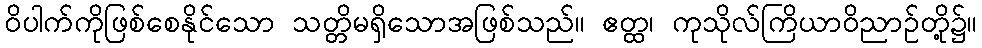
ဝိပါက်ကိုဖြစ်စေနိုင်သော သတ္တိမရှိသောအဖြစ်သည်။ ဧတ္ထ၊ ကုသိုလ်ကြိယာဝိညာဉ်တို့၌။